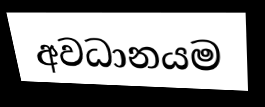
අවධානයම